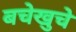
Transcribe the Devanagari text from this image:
बचेखुचे